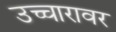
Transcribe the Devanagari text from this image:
उच्चारावर